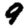
Digit: 9